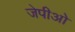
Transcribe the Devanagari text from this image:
जेपीओ